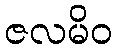
ဇလမိဝ